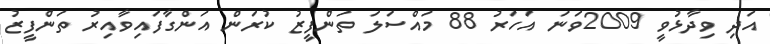
އަދި ވިދާޅުވީ 2009ވަނަ އަހަރު 88 މައްސަލަ ތަންފީޒު ކުރަން އަންގާފައިވާއިރު ތަންފީޒު